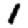
Digit: 1